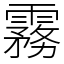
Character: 霧